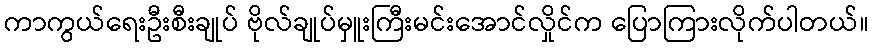
ကာကွယ်ရေးဦးစီးချုပ် ဗိုလ်ချုပ်မှူးကြီးမင်းအောင်လှိုင်က ပြောကြားလိုက်ပါတယ်။